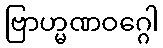
ဗြာဟ္မဏဝဂ္ဂေါ